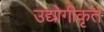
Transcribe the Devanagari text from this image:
उद्योगीकृत